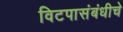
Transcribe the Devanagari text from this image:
विटपासंबंधीचे